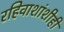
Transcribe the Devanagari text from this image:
रहिवाशांशीही